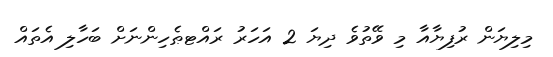
މިލިޔަން ރުފިޔާއާ މި ވޭތުވެ ދިޔަ 2 އަހަރު ރައްޓޠެހިންނަށް ބަހާލި އެތައް